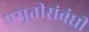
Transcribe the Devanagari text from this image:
प्रसूतीसंबंधी